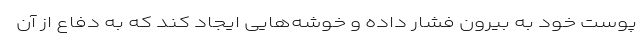
پوست خود به بیرون فشار داده و خوشه‌هایی ایجاد کند که به دفاع از آن